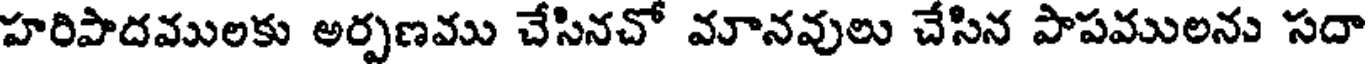
హరిపాదములకు అర్పణము చేసినచో మానవులు చేసిన పాపములను సదా